Annual administration report of the Civil Veterinary Department of India - 1894-1895
Year: 1894
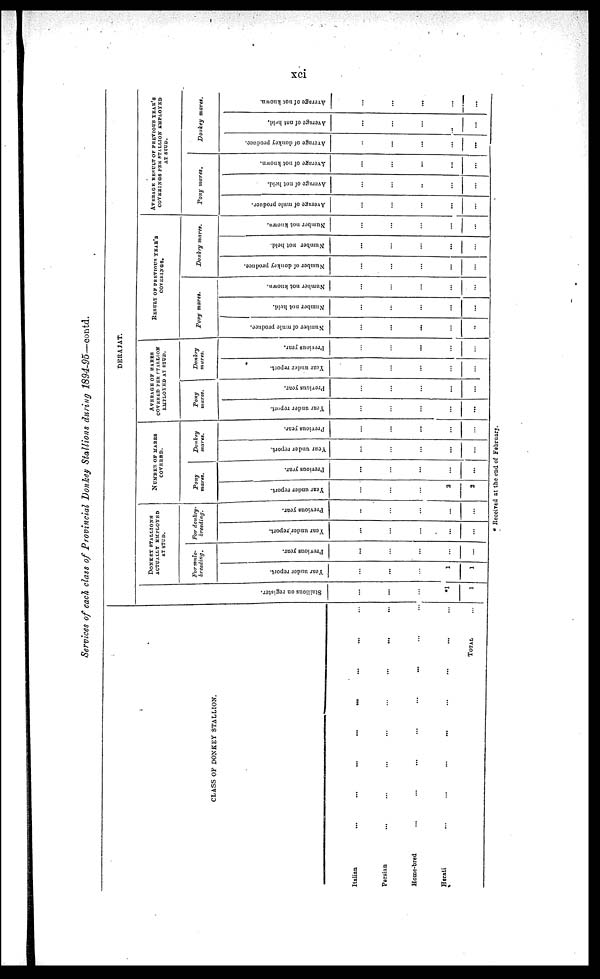
xci
Services of each class of Provincial Donkey Stallions during 1894-95—contd.
CLASS OF DONKEY STALLION.
Italian
Persian
Home-bred
Herati
...
...
...
...
...
...
...
...
...
...
...
...
...
...
...
...
...
...
...
...
...
...
...
...
...
...
...
...
TOTAL
...
...
...
...
...
DERAJAT.
St al l
i
ons on register.
...
...
...
*1
1
DONKET STALLIONS
ACTUALLY EMPLOYED
AT STUD.
For mule-
breeding.
Year under report.
...
...
...
1
1
Previous year.
...
...
...
...
...
For donkey-
breeding.
Year under report.
...
...
...
...
...
Previous year.
..
...
...
...
...
NUMBER OF MARES
COVERED.
Pony
mares.
Year under report.
...
...
...
2
2
Previous year.
...
...
...
...
...
Donkey
mares.
Year
under report.
...
...
...
...
...
Previous year.
...
...
...
...
...
AVERAGE OF MARES
COVERED PER STALLION
EMPLOYED AT STUD.
Pony
mares.
Year under report.
...
...
...
...
...
Previous year.
...
...
...
...
...
Donkey
mares.
Year under report.
...
...
...
...
...
Previous year.
...
...
...
...
...
RESULT OF PREVIOUS YEAR'S
COVERINGS.
Pony mares.
Number of mule produce.
...
...
...
...
...
Number not held.
...
...
...
...
...
Number not known.
...
...
...
...
...
Donkry mares.
Number of donkey produce.
...
...
...
...
...
Number not held.
...
...
...
...
...
Number not known.
...
...
...
...
...
AVERAGE RESULT OF PREVIOUS YEAR'S
COVERINGS PER STALLION EMPLOYED
AT STUD.
Pony
mares.
Average of mule produce.
...
...
...
...
...
Average of not held.
...
...
...
...
...
Average of not known.
...
...
...
...
...
Donkey
mares.
Average of donkey produce.
...
...
...
...
...
Average of not held.
...
...
...
...
...
Average of not known.
...
...
...
...
...
* Received at the end of February.